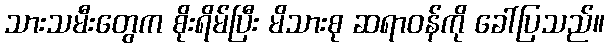
သားသမီးတွေက စိုးရိမ်ပြီး မိသားစု ဆရာဝန်ကို ခေါ်ပြသည်။